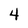
Character: 4